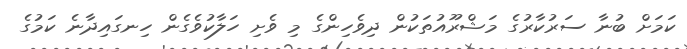
ކަމަށް ބުނާ ސަރުކާރުގެ މަޝްރޫއުތަކުން ދިވެހިންގެ މި ވެށި ހަލާކުވެގެން ހިނގައިދާނެ ކަމުގެ